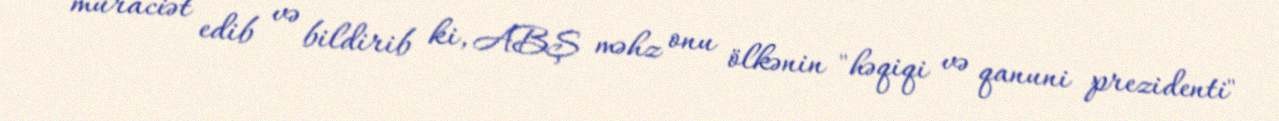
müraciət edib və bildirib ki, ABŞ məhz onu ölkənin "həqiqi və qanuni prezidenti"